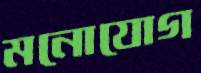
মনোযোগ